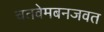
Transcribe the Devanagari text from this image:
चतवेमबनजवत